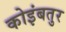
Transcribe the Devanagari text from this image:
कोइंबतुर